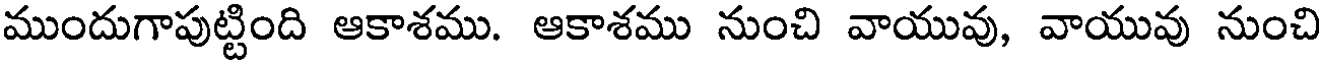
ముందుగాపుట్టింది ఆకాశము. ఆకాశము నుంచి వాయువు, వాయువు నుంచి